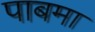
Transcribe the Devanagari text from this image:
पाबमा